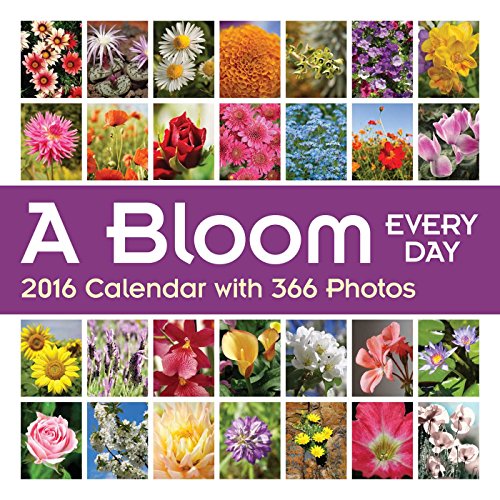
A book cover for A Bloom Every Day 2016 Wall Calendar: with Over 365 Photos; Andrews McMeel Publishing LLC; Calendars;